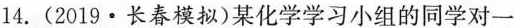
14.(2019·长春模拟)某化学学习小组的同学对一